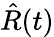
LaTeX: \hat{R}(t)